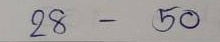
28 - 50